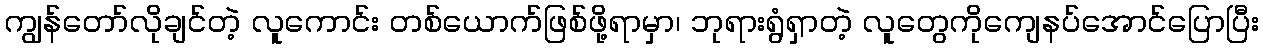
ကျွန်တော်လိုချင်တဲ့ လူကောင်း တစ်ယောက်ဖြစ်ဖို့ရာမှာ၊ ဘုရားရွံရှာတဲ့ လူတွေကိုကျေနပ်အောင်ပြောပြီး